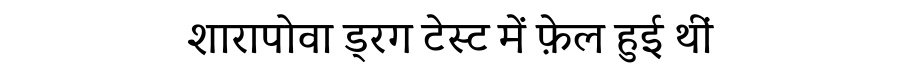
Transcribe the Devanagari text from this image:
शारापोवा ड्रग टेस्ट में फ़ेल हुई थीं